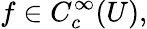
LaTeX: f\in C_{c}^{\infty}(U),